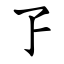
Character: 孒